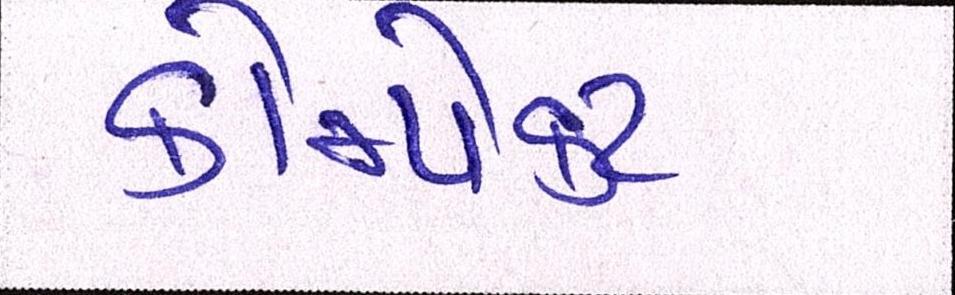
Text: કોમ્પેક્ટ